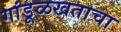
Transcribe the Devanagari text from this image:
गांडूळखताचा